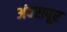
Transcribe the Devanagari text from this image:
अंबरापूर